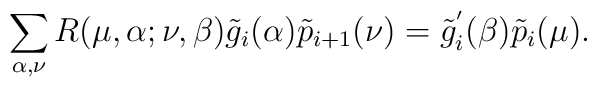
\sum_{\alpha,\nu} R(\mu,\alpha;\nu,\beta)\tilde{g}_i(\alpha) \tilde{p}_{i+1}(\nu)=\tilde{g}_{i}^{'}(\beta) \tilde{p}_i(\mu).